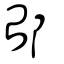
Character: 邰